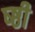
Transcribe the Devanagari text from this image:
ष्ष्ठी